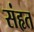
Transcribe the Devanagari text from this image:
संहृत